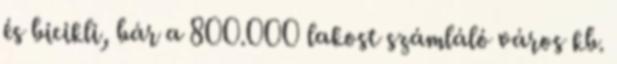
és bicikli, bár a 800.000 lakost számláló város kb.